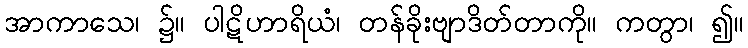
အာကာသေ၊ ၌။ ပါဋိဟာရိယံ၊ တန်ခိုးဗျာဒိတ်တာကို။ ကတွာ၊ ၍။